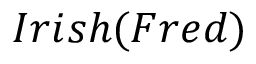
I r i s h ( F r e d )